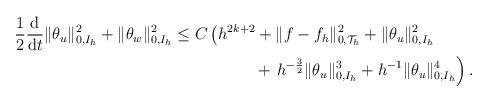
LaTeX: \begin{align*}\begin{aligned}\frac{1}{2}\frac{{\rm d}}{{\rm d}t}\|\theta_u\|^2_{0,I_h} + \|\theta_w\|^2_{0,I_h} &\leq C\left(h^{2k+2} + \|f - f_h\|^2_{0,\mathcal{T}_h} + \|\theta_u\|^2_{0,I_h} \right.\\&\left. \quad\qquad\qquad+\,\, h^{-\frac{3}{2}}\|\theta_u\|^3_{0,I_h} + h^{-1}\|\theta_u\|^4_{0,I_h}\right).\end{aligned}\end{align*}